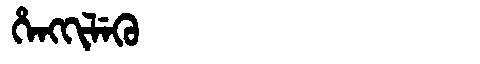
Manchu: ᡥᡝᠩᡴᡳᠯᡝᡴᡠ
Romanization: HENGKILEKU